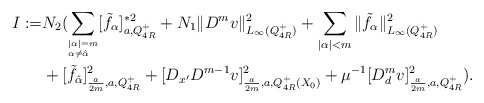
\begin{align*}I:=&N_2(\sum_{^{|\alpha|=m}_{\alpha\neq\hat{\alpha}}}[\tilde{f}_\alpha]^{\ast2}_{ a, Q_{4R}^+} +N_1\|D^m v\|^2_{L_\infty(Q_{4R}^+)}+\sum_{|\alpha|<m} \|\tilde{f}_\alpha\|_{L_\infty(Q_{4R}^+)}^2 \\&+[\tilde{f}_{\hat{\alpha}}]^2_{\frac{a}{2m},a,Q_{4R}^+}+[D_{x^\prime}D^{m-1} v]^{2}_{\frac{a}{2m},a,Q_{4R}^+(X_0)}+\mu^{-1}[D_d^m v]^2_{\frac{a}{2m},a,Q_{4R}^+}).\\ \end{align*}